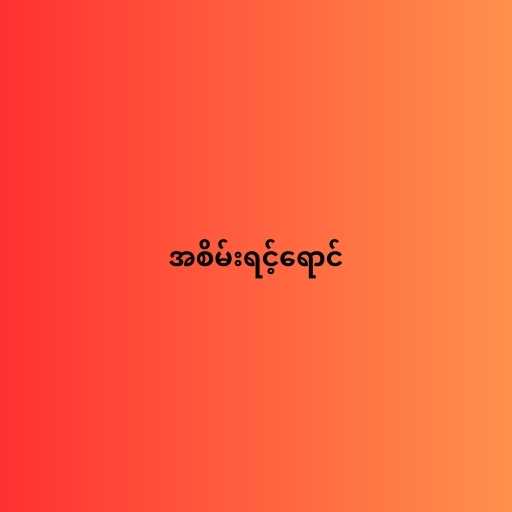
အစိမ်းရင့်ရောင်